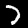
Label: 7